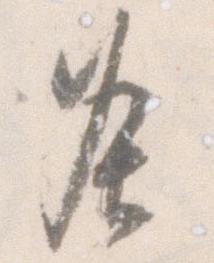
灸